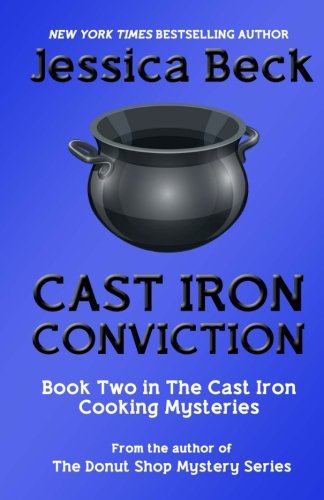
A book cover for Cast Iron Conviction (The Cast Iron Cooking Mysteries) (Volume 2); Jessica Beck; Mystery, Thriller & Suspense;